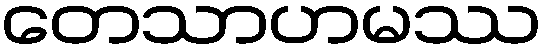
တေသာဟမဿ